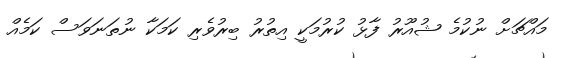
މައްޗަށް ނުކުމެ ޝުއޫރު ފާޅު ކުރުމަކީ އިތުރު ބިރުވެރި ކަމަކާ ނުތަނަވަސް ކަމެއް